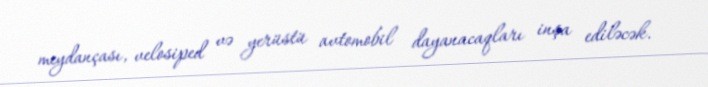
meydançası, velosiped və yerüstü avtomobil dayanacaqları inşa ediləcək.